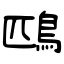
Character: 鴄